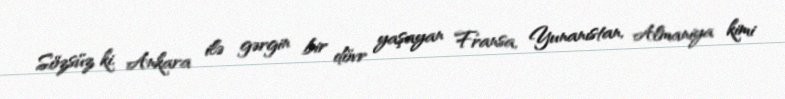
Sözsüz ki, Ankara ilə gərgin bir dövr yaşayan Fransa, Yunanıstan, Almaniya kimi